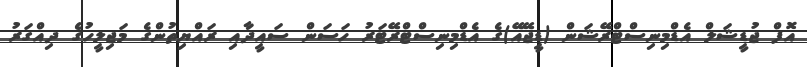
އޮފް ޖުޑީޝަލް އެޑްމިނިސްޓްރޭޝަން (ޑީޖޭއޭ)ގެ އެޑްމިނިސްޓްރޭޓަރު ހަސަން ސައީދާއި ރައްޔިތުންގެ މަޖިލީހުގެ ދިއްގަރު